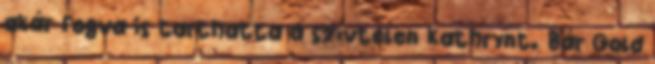
akár fogva is tarthatta a szívtelen Kathrynt. Bár Gold